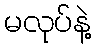
မလုပ်နဲ့